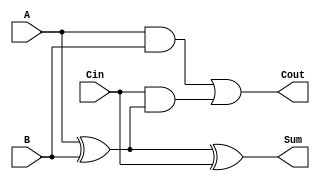
module FullAdder(
    input  A,
    input  B,
    input  Cin,
    output Sum,
    output Cout
);
    assign Sum = A ^ B ^ Cin;                   // Sum calculation
    assign Cout = (A & B) | (Cin & (A ^ B));    // Carry calculation
endmodule